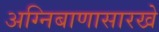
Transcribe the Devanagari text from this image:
अग्निबाणासारखे